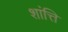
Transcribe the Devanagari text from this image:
शांत्ति